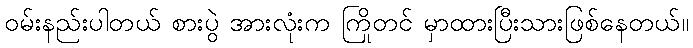
ဝမ်းနည်းပါတယ် စားပွဲ အားလုံးက ကြိုတင် မှာထားပြီးသားဖြစ်နေတယ်။